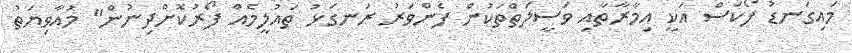
މައިގަނޑު ފޯކަސް އަކީ އިމާރާތާއި ވަސީލަތްތަކުން ފެންވަރު ރަނގަޅު ތައުލީމެއް ފޯރުކޮށްދިނުން" މުއާވިޔަތު